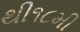
થી૧૮મી